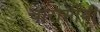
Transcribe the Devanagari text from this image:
चोरासीवीं